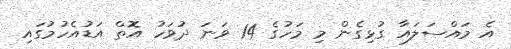
އެ މައްސަލައާ ގުޅިގެން މި މަހުގެ 14 ވަނަ ދުވަހު އޮތް އަޑުއެހުމުގައި